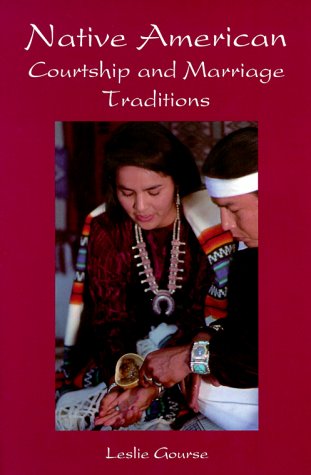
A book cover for Native American Courtship & Marriage Traditions (Weddings/Marriage); Leslie Gourse; Crafts, Hobbies & Home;